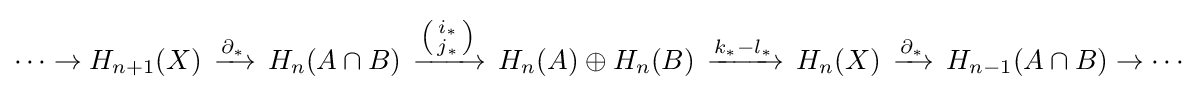
\cdots \to H_{n+1}(X)\,\xrightarrow {\partial _{*}} \,H_{n}(A\cap B)\,\xrightarrow {\left({\begin{smallmatrix}i_{*}\\j_{*}\end{smallmatrix}}\right)} \,H_{n}(A)\oplus H_{n}(B)\,\xrightarrow {k_{*}-l_{*}} \,H_{n}(X)\,\xrightarrow {\partial _{*}} \,H_{n-1}(A\cap B)\to \cdots